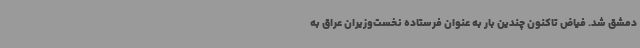
دمشق شد. فیاض تاکنون چندین بار به عنوان فرستاده نخست‌وزیران عراق به